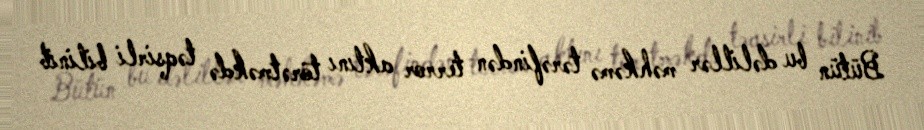
Bütün bu dəlillər məhkəmə tərəfindən terror aktını törətməkdə təqsirli bilinib